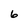
Character: 6